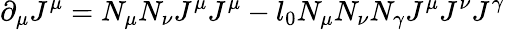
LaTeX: \partial_{\mu}J^{\mu}=N_{\mu}N_{\nu}J^{\mu}J^{\mu}-l_{0}N_{\mu}N_{\nu}N_{\gamma}J^{\mu}J^{\nu}J^{\gamma}